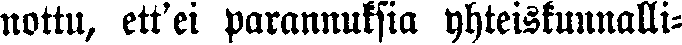
nottu, ett'ei parannuksia yhteiskunnalli-